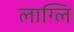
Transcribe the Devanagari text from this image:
लाग्लि